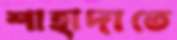
শাহাদাতে